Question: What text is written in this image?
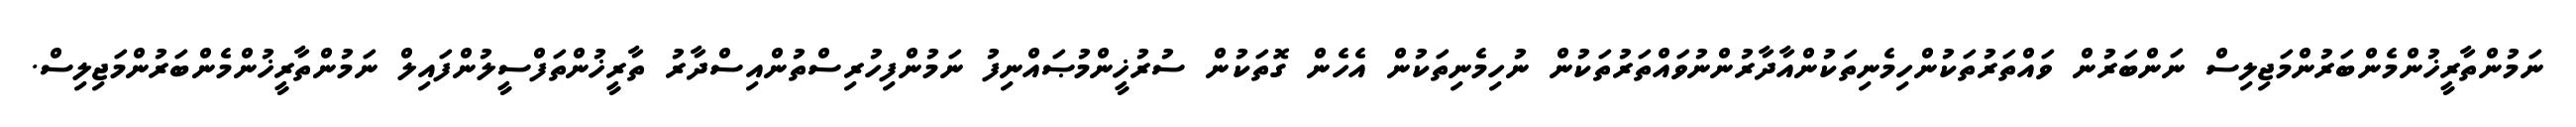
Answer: ނަމުންތާރީޚުންމެންބަރުންމަޖިލިސް ނަންބަރުން ވައްތަރުތަކުންހިމެނިތަކުންއާދާރުންނުވައްތަރުތަކުން ނުހިމެނިތަކުން އެހެން ގޮތަކުން ސުރުޚީންމުޞައްނިފު ނަމުންފިހުރިސްތުންއިސްދާރު ތާރީޚުންތަފްސީލުންފައިލް ނަމުންތާރީޚުންމެންބަރުންމަޖިލިސް.